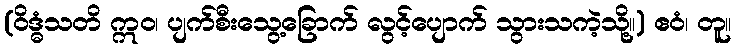
(ဝိဒ္ဓံသတိ ဣဝ၊ ပျက်စီးသွေ့ခြောက် လွင့်ပျောက် သွားသကဲ့သို့။) ဧဝံ၊ တူ။